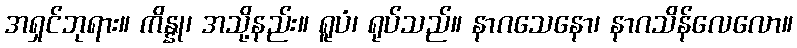
အရှင်ဘုရား။ ကိန္နု၊ အသို့နည်း။ ရူပံ၊ ရုပ်သည်။ နာဂသေနော၊ နာဂသိန်လေလော။